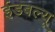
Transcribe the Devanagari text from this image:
ईडबल्यू